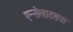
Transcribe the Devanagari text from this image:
एन्सेलाडसचा